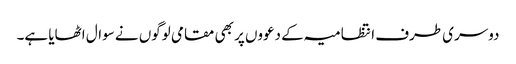
دوسری طرف انتظامیہ کے دعووں پر بھی مقامی لوگوں نے سوال اٹھایا ہے۔